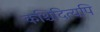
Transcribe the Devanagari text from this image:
कश्चिदित्यपि